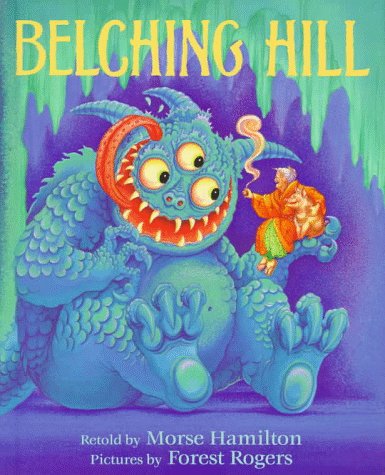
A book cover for Belching Hill; Morse Hamilton; Children's Books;